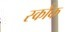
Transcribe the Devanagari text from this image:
स्कौक